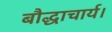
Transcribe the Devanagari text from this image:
बौद्धाचार्य।